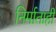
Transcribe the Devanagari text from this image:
निर्माताही